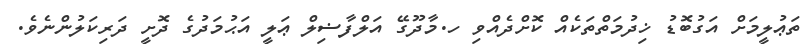
ތަޢުލީމަށް އަގުބޮޑު ޚިދުމަތްތަކެއް ކޮށްދެއްވި ހ.މާދޫގޭ އަލްފާޟިލް ޢަލީ އަޙުމަދުގެ ދޮށީ ދަރިކަލުންނެވެ.